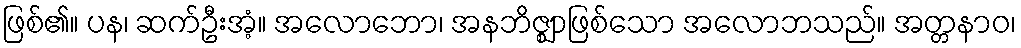
ဖြစ်၏။ ပန၊ ဆက်ဦးအံ့။ အလောဘော၊ အနဘိဇ္ဈာဖြစ်သော အလောဘသည်။ အတ္တနာဝ၊